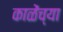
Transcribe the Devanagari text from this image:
काळेंच्या